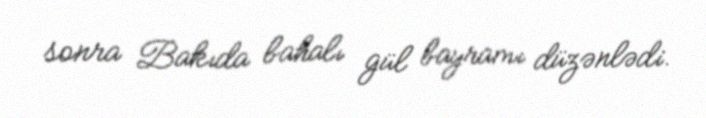
sonra Bakıda bahalı gül bayramı düzənlədi.